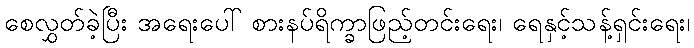
စေလွှတ်ခဲ့ပြီး အရေးပေါ် စားနပ်ရိက္ခာဖြည့်တင်းရေး၊ ရေနှင့်သန့်ရှင်းရေး၊